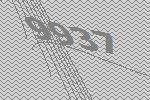
9937